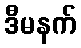
ဒီမနက်